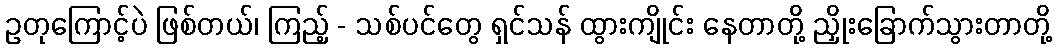
ဥတုကြောင့်ပဲ ဖြစ်တယ်၊ ကြည့် - သစ်ပင်တွေ ရှင်သန် ထွားကျိုင်း နေတာတို့ ညှိုးခြောက်သွားတာတို့